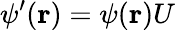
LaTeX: \psi^{\prime}({\mathbf r})=\psi({\mathbf r})U